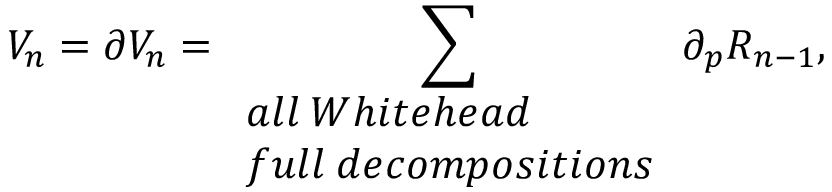
V _ { n } = \partial V _ { n } = \sum _ { \begin{array} { l l } { { a l l \: W h i t e h e a d } } \\ { { f u l l \: d e c o m p o s i t i o n s } } \end{array} } \partial _ { p } R _ { n - 1 } ,